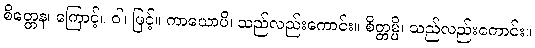
စိတ္တေန၊ ကြောင့်။ ဝါ၊ ဖြင့်။ ကာယောပိ၊ သည်လည်းကောင်း။ စိတ္တမ္ပိ၊ သည်လည်းကောင်း။